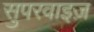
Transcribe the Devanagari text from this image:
सुपरवाइज़